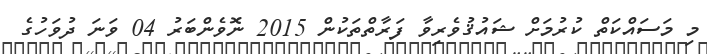
މި މަސައްކަތް ކުރުމަށް ޝައުޤުވެރިވާ ފަރާތްތަކުން 2015 ނޮވެންބަރު 04 ވަނަ ދުވަހުގެ